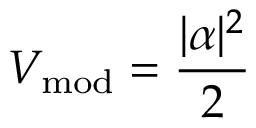
V _ { \mathrm { m o d } } = \frac { | \alpha | ^ { 2 } } { 2 }